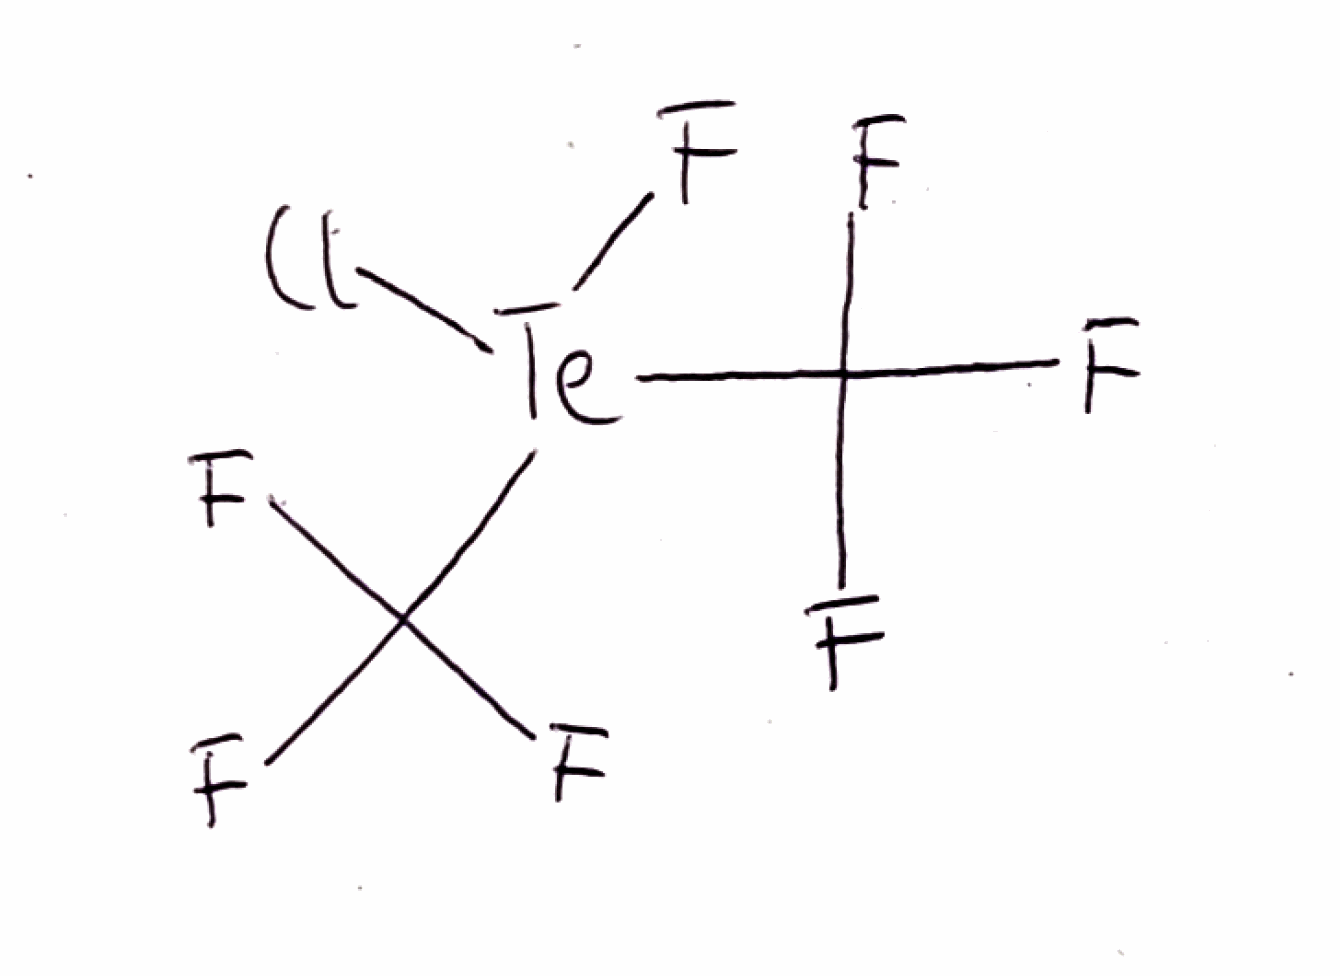
Simplified molecular-input line-entry system (SMILES) notation of the given molecule:
C(F)(F)(F)[Te](C(F)(F)F)(F)Cl